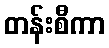
တန်းစီကာ